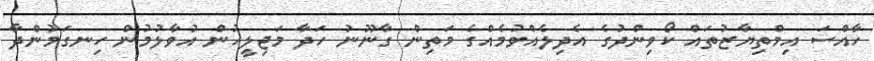
ހާއްސަ އިމްތިޔާޒުތައް ކޯވިންދުގެ އެދިލެއްވުމެއްގެ މަތިން ގާނޫނު ހަދާ މަޖިލީހުން އުވާލުމުން ހިނގަމުންދާ